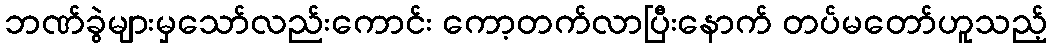
ဘဏ်ခွဲများမှသော်လည်းကောင်း ကော့တက်လာပြီးနောက် တပ်မတော်ဟူသည့်